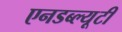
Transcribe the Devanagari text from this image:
एनडब्ल्यूटी